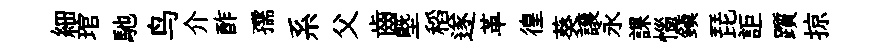
細琯馳鸟介酢孺系父齒塈稻遂革徨葵譲永課惱鎭琵詎躓掠